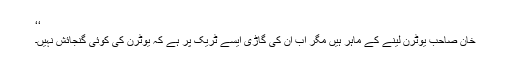
‘‘
خان صاحب یوٹرن لینے کے ماہر ہیں مگر اب ان کی گاڑی ایسے ٹریک پر ہے کہ یوٹرن کی کوئی گنجائش نہیں۔